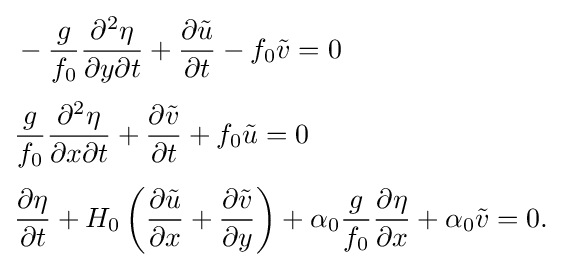
{\begin{aligned}&-{g \over f_{0}}{\partial ^{2}\eta  \over \partial y\partial t}+{\partial {\tilde {u}} \over \partial t}-f_{0}{\tilde {v}}=0\\[3pt]&{g \over f_{0}}{\partial ^{2}\eta  \over \partial x\partial t}+{\partial {\tilde {v}} \over \partial t}+f_{0}{\tilde {u}}=0\\[3pt]&{\partial \eta  \over \partial t}+H_{0}\left({\partial {\tilde {u}} \over \partial x}+{\partial {\tilde {v}} \over \partial y}\right)+\alpha _{0}{g \over f_{0}}{\partial \eta  \over \partial x}+\alpha _{0}{\tilde {v}}=0.\end{aligned}}